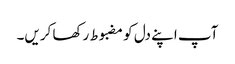
آپ اپنے دل کو مضبوط رکھا کریں۔